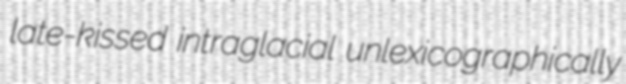
late-kissed intraglacial unlexicographically